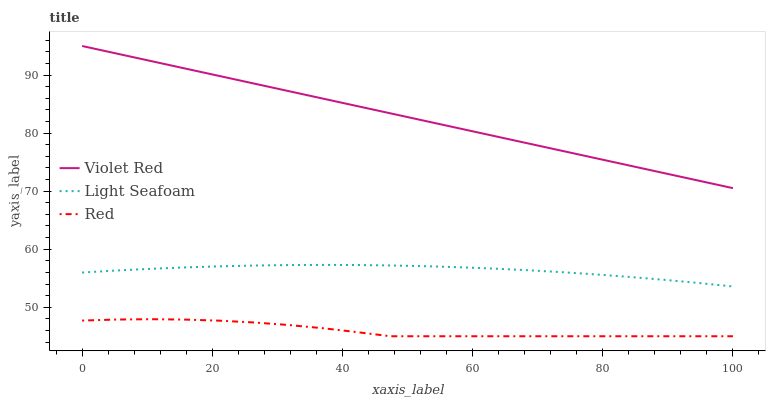
| xaxis_label | Violet Red | Light Seafoam | Red |
 | --- | --- | --- | --- |
 | 0 | 95 | 56 | 47.7 |
 | 5.26 | 93.7 | 56.3 | 47.9 |
 | 10.5 | 92.4 | 56.6 | 47.9 |
 | 15.8 | 91.1 | 56.9 | 47.9 |
 | 21.1 | 89.8 | 57 | 47.7 |
 | 26.3 | 88.6 | 57.2 | 47.4 |
 | 31.6 | 87.3 | 57.3 | 47 |
 | 36.8 | 86 | 57.3 | 46.4 |
 | 42.1 | 84.7 | 57.3 | 45.7 |
 | 47.4 | 83.4 | 57.2 | 45 |
 | 52.6 | 82.1 | 57.1 | 45 |
 | 57.9 | 80.8 | 56.9 | 45 |
 | 63.2 | 79.5 | 56.7 | 45 |
 | 68.4 | 78.2 | 56.4 | 45 |
 | 73.7 | 77 | 56 | 45 |
 | 78.9 | 75.7 | 55.7 | 45 |
 | 84.2 | 74.4 | 55.2 | 45 |
 | 89.5 | 73.1 | 54.7 | 45 |
 | 94.7 | 71.8 | 54.2 | 45 |
 | 100 | 70.5 | 53.6 | 45 |